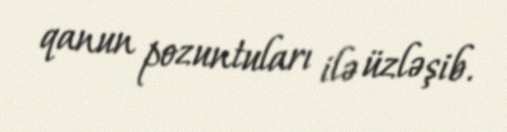
qanun pozuntuları ilə üzləşib.